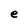
Character: e